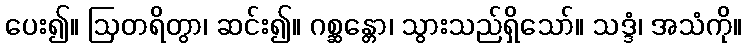
ပေး၍။ ဩတရိတွာ၊ ဆင်း၍။ ဂစ္ဆန္တော၊ သွားသည်ရှိသော်။ သဒ္ဒံ၊ အသံကို။